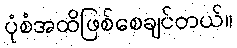
ပုံစံအထိဖြစ်စေချင်တယ်။